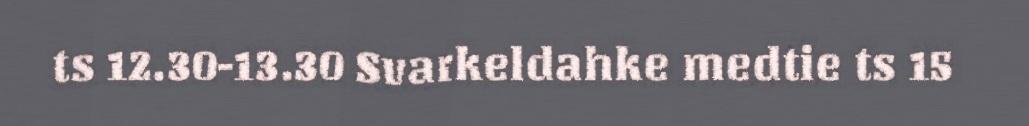
ts 12.30-13.30 Svarkeldahke medtie ts 15